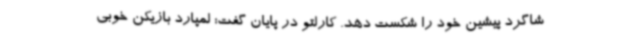
شاگرد پیشین خود را شکست دهد. کارلتو در پایان گفت:‌ لمپارد بازیکن خوبی